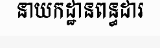
នាយកដ្ឋានពន្ធដារ